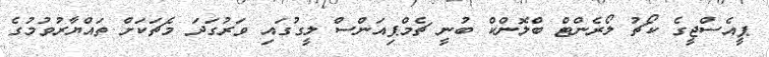
ޕީއެސްޖީގެ ކޯޗު ލޯރެންޓް ބްލޮންކް ބުނީ ޗެމްޕިއަންސް ލީގުގައި ވަރުގަދަ މެޗަކަށް ތައްޔާރުވުމުގެ